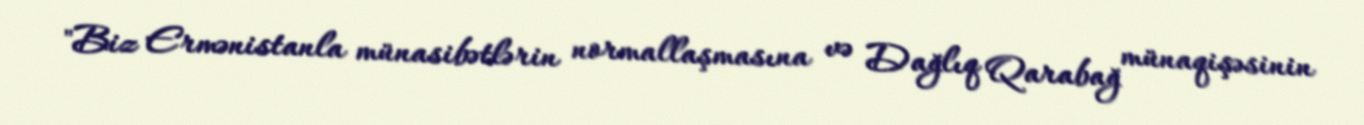
"Biz Ermənistanla münasibətlərin normallaşmasına və Dağlıq Qarabağ münaqişəsinin